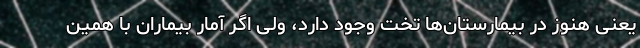
یعنی هنوز در بیمارستان‌ها تخت وجود دارد، ولی اگر آمار بیماران با همین